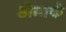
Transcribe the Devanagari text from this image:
डोमार्क